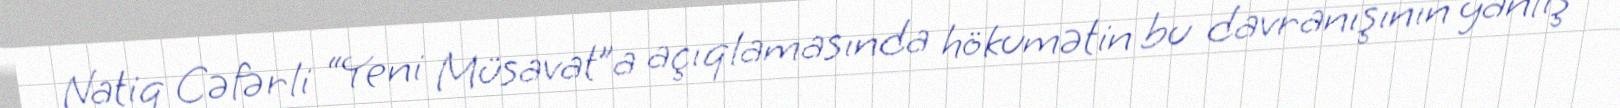
Natiq Cəfərli “Yeni Müsavat”a açıqlamasında hökumətin bu davranışının yanlış